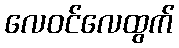
လေဝင်လေထွက်